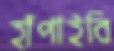
হাঁপাইবি